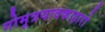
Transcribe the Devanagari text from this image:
गोमूत्रयावकाहारो